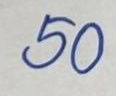
50